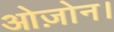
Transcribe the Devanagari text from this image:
ओज़ोन।